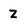
Character: z